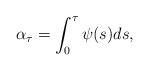
LaTeX: \begin{align*} \alpha_\tau = \int_0^\tau \psi(s) ds, \end{align*}